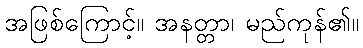
အဖြစ်ကြောင့်။ အနတ္တာ၊ မည်ကုန်၏။